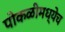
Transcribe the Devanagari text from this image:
पोकळीमध्येच